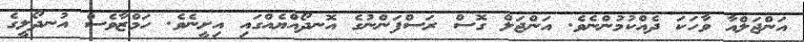
އަންޖަލްއާ ވާހަކަ ދެއްކުމުންނެވެ. އަންޖަލް ގޮސް ރަސްފަންނުގެ އޮނދޯއްޔެއްގައި އިށީނެވެ. ހަމްޒާވެސް އުނދޯލީގެ